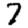
Digit: 7